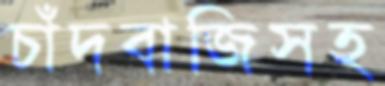
চাঁদবাজিসহ